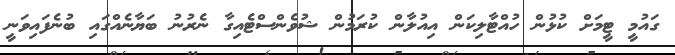
ގައުމީ ޓީމަށް ކުޅުން ހުއްޓާލިކަން އިއުލާން ކުރަމުން ޝުވެންސްޓެއިގާ ނެރުނު ބަޔާނެއްގައި ބުނެފައިވަނީ